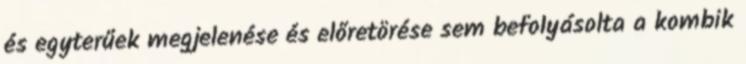
és egyterűek megjelenése és előretörése sem befolyásolta a kombik